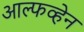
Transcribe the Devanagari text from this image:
आल्फव्हेन